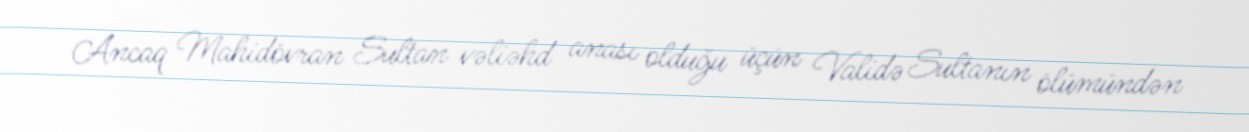
Ancaq Mahidövran Sultan vəliəhd anası olduğu üçün Validə Sultanın ölümündən